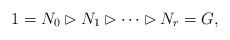
LaTeX: \begin{align*}1=N_0\rhd N_1\rhd \cdots \rhd N_r=G,\end{align*}